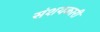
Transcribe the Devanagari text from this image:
संशयकारी